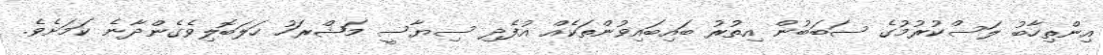
އިންތިހާބު ލަސްކުރުމުގެ ސަބަބުން އިތުރު ބައިބައިވުންތަކެއް އުފެދި ސިޔާސީ މަޝްރަހު ހަލަބޮލިވެގެންދާނެ ކަމަށެވެ.